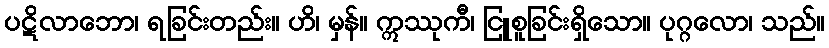
ပဋိလာဘော၊ ရခြင်းတည်း။ ဟိ၊ မှန်။ ဣဿုကီ၊ ငြူစူခြင်းရှိသော။ ပုဂ္ဂလော၊ သည်။